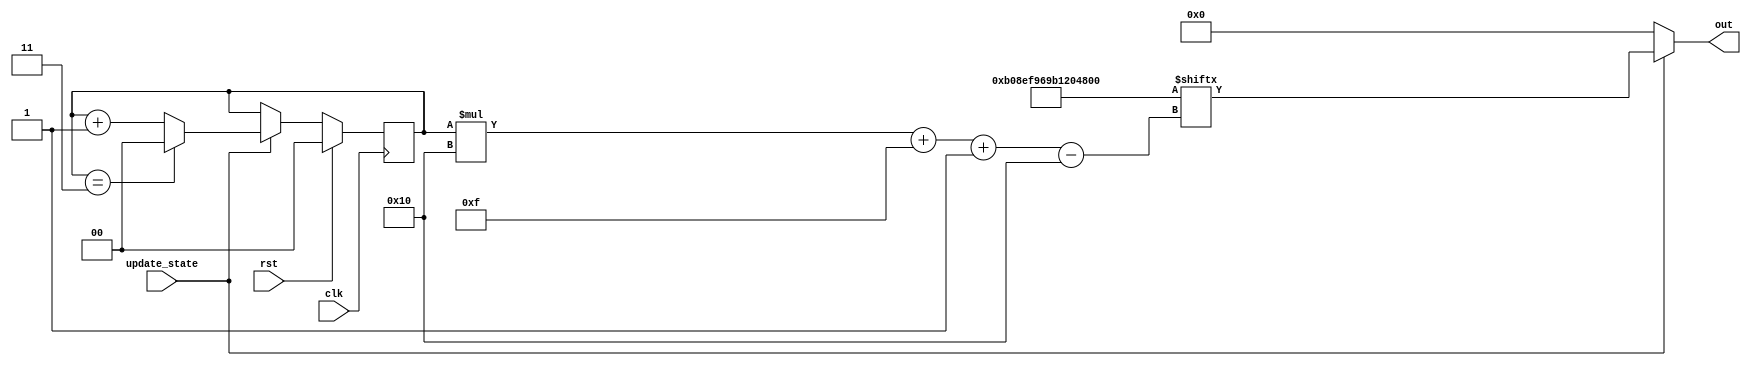
/*
   This file was generated automatically by Alchitry Labs version 1.2.7.
   Do not edit this file directly. Instead edit the original Lucid source.
   This is a temporary file and any changes made to it will be destroyed.
*/

module initial_board_states_1 (
    input clk,
    input rst,
    input update_state,
    output reg [15:0] out
  );
  
  
  
  localparam BOARD_STATES = 64'hb08ef969b1204bef;
  
  reg [1:0] M_counter_d, M_counter_q = 1'h0;
  
  always @* begin
    M_counter_d = M_counter_q;
    
    out = 16'h0000;
    if (update_state) begin
      if (M_counter_q == 2'h3) begin
        out = BOARD_STATES[(M_counter_q)*16+15-:16];
        M_counter_d = 2'h0;
      end else begin
        out = BOARD_STATES[(M_counter_q)*16+15-:16];
        M_counter_d = M_counter_q + 1'h1;
      end
    end
  end
  
  always @(posedge clk) begin
    if (rst == 1'b1) begin
      M_counter_q <= 1'h0;
    end else begin
      M_counter_q <= M_counter_d;
    end
  end
  
endmodule